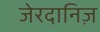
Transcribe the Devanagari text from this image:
जेरदानिज़